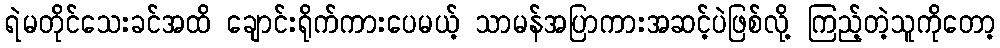
ရဲမတိုင်သေးခင်အထိ ချောင်းရိုက်ကားပေမယ့် သာမန်အပြာကားအဆင့်ပဲဖြစ်လို့ ကြည့်တဲ့သူကိုတော့